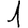
Digit: 1